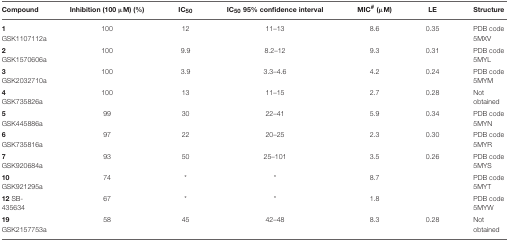
<table><thead><tr><td><b>Compound</b></td><td><b>Inhibition (100 μM) (%)</b></td><td><b>IC<sub>50</sub></b></td><td><b>IC<sub>50</sub> 95% confidence interval</b></td><td><b>MIC<sup>#</sup> (μM)</b></td><td><b>LE</b></td><td><b>Structure</b></td></tr></thead><tbody><tr><td><b>1</b> GSK1107112a</td><td>100</td><td>12</td><td>11–13</td><td>8.6</td><td>0.35</td><td>PDB code 5MXV</td></tr><tr><td><b>2</b> GSK1570606a</td><td>100</td><td>9.9</td><td>8.2–12</td><td>9.3</td><td>0.31</td><td>PDB code 5MYL</td></tr><tr><td><b>3</b> GSK2032710a</td><td>100</td><td>3.9</td><td>3.3–4.6</td><td>4.2</td><td>0.24</td><td>PDB code 5MYM</td></tr><tr><td><b>4</b> GSK735826a</td><td>100</td><td>13</td><td>11–15</td><td>2.7</td><td>0.28</td><td>Not obtained</td></tr><tr><td><b>5</b> GSK445886a</td><td>99</td><td>30</td><td>22–41</td><td>5.9</td><td>0.34</td><td>PDB code 5MYN</td></tr><tr><td><b>6</b> GSK735816a</td><td>97</td><td>22</td><td>20–25</td><td>2.3</td><td>0.30</td><td>PDB code 5MYR</td></tr><tr><td><b>7</b> GSK920684a</td><td>93</td><td>50</td><td>25–101</td><td>3.5</td><td>0.26</td><td>PDB code 5MYS</td></tr><tr><td><b>10</b> GSK921295a</td><td>74</td><td><sup>*</sup></td><td><sup>*</sup></td><td>8.7</td><td></td><td>PDB code 5MYT</td></tr><tr><td><b>12</b> SB-435634</td><td>67</td><td><sup>*</sup></td><td><sup>*</sup></td><td>1.8</td><td></td><td>PDB code 5MYW</td></tr><tr><td><b>19</b> GSK2157753a</td><td>58</td><td>45</td><td>42–48</td><td>8.3</td><td>0.28</td><td>Not obtained</td></tr></tbody></table>